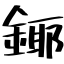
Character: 鎁